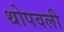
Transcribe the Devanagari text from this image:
थोपवली